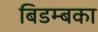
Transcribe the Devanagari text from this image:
बिडम्बका